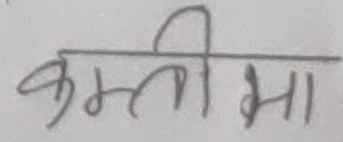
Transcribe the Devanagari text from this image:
कमली मा